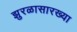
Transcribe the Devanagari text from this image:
झुरळासारख्या